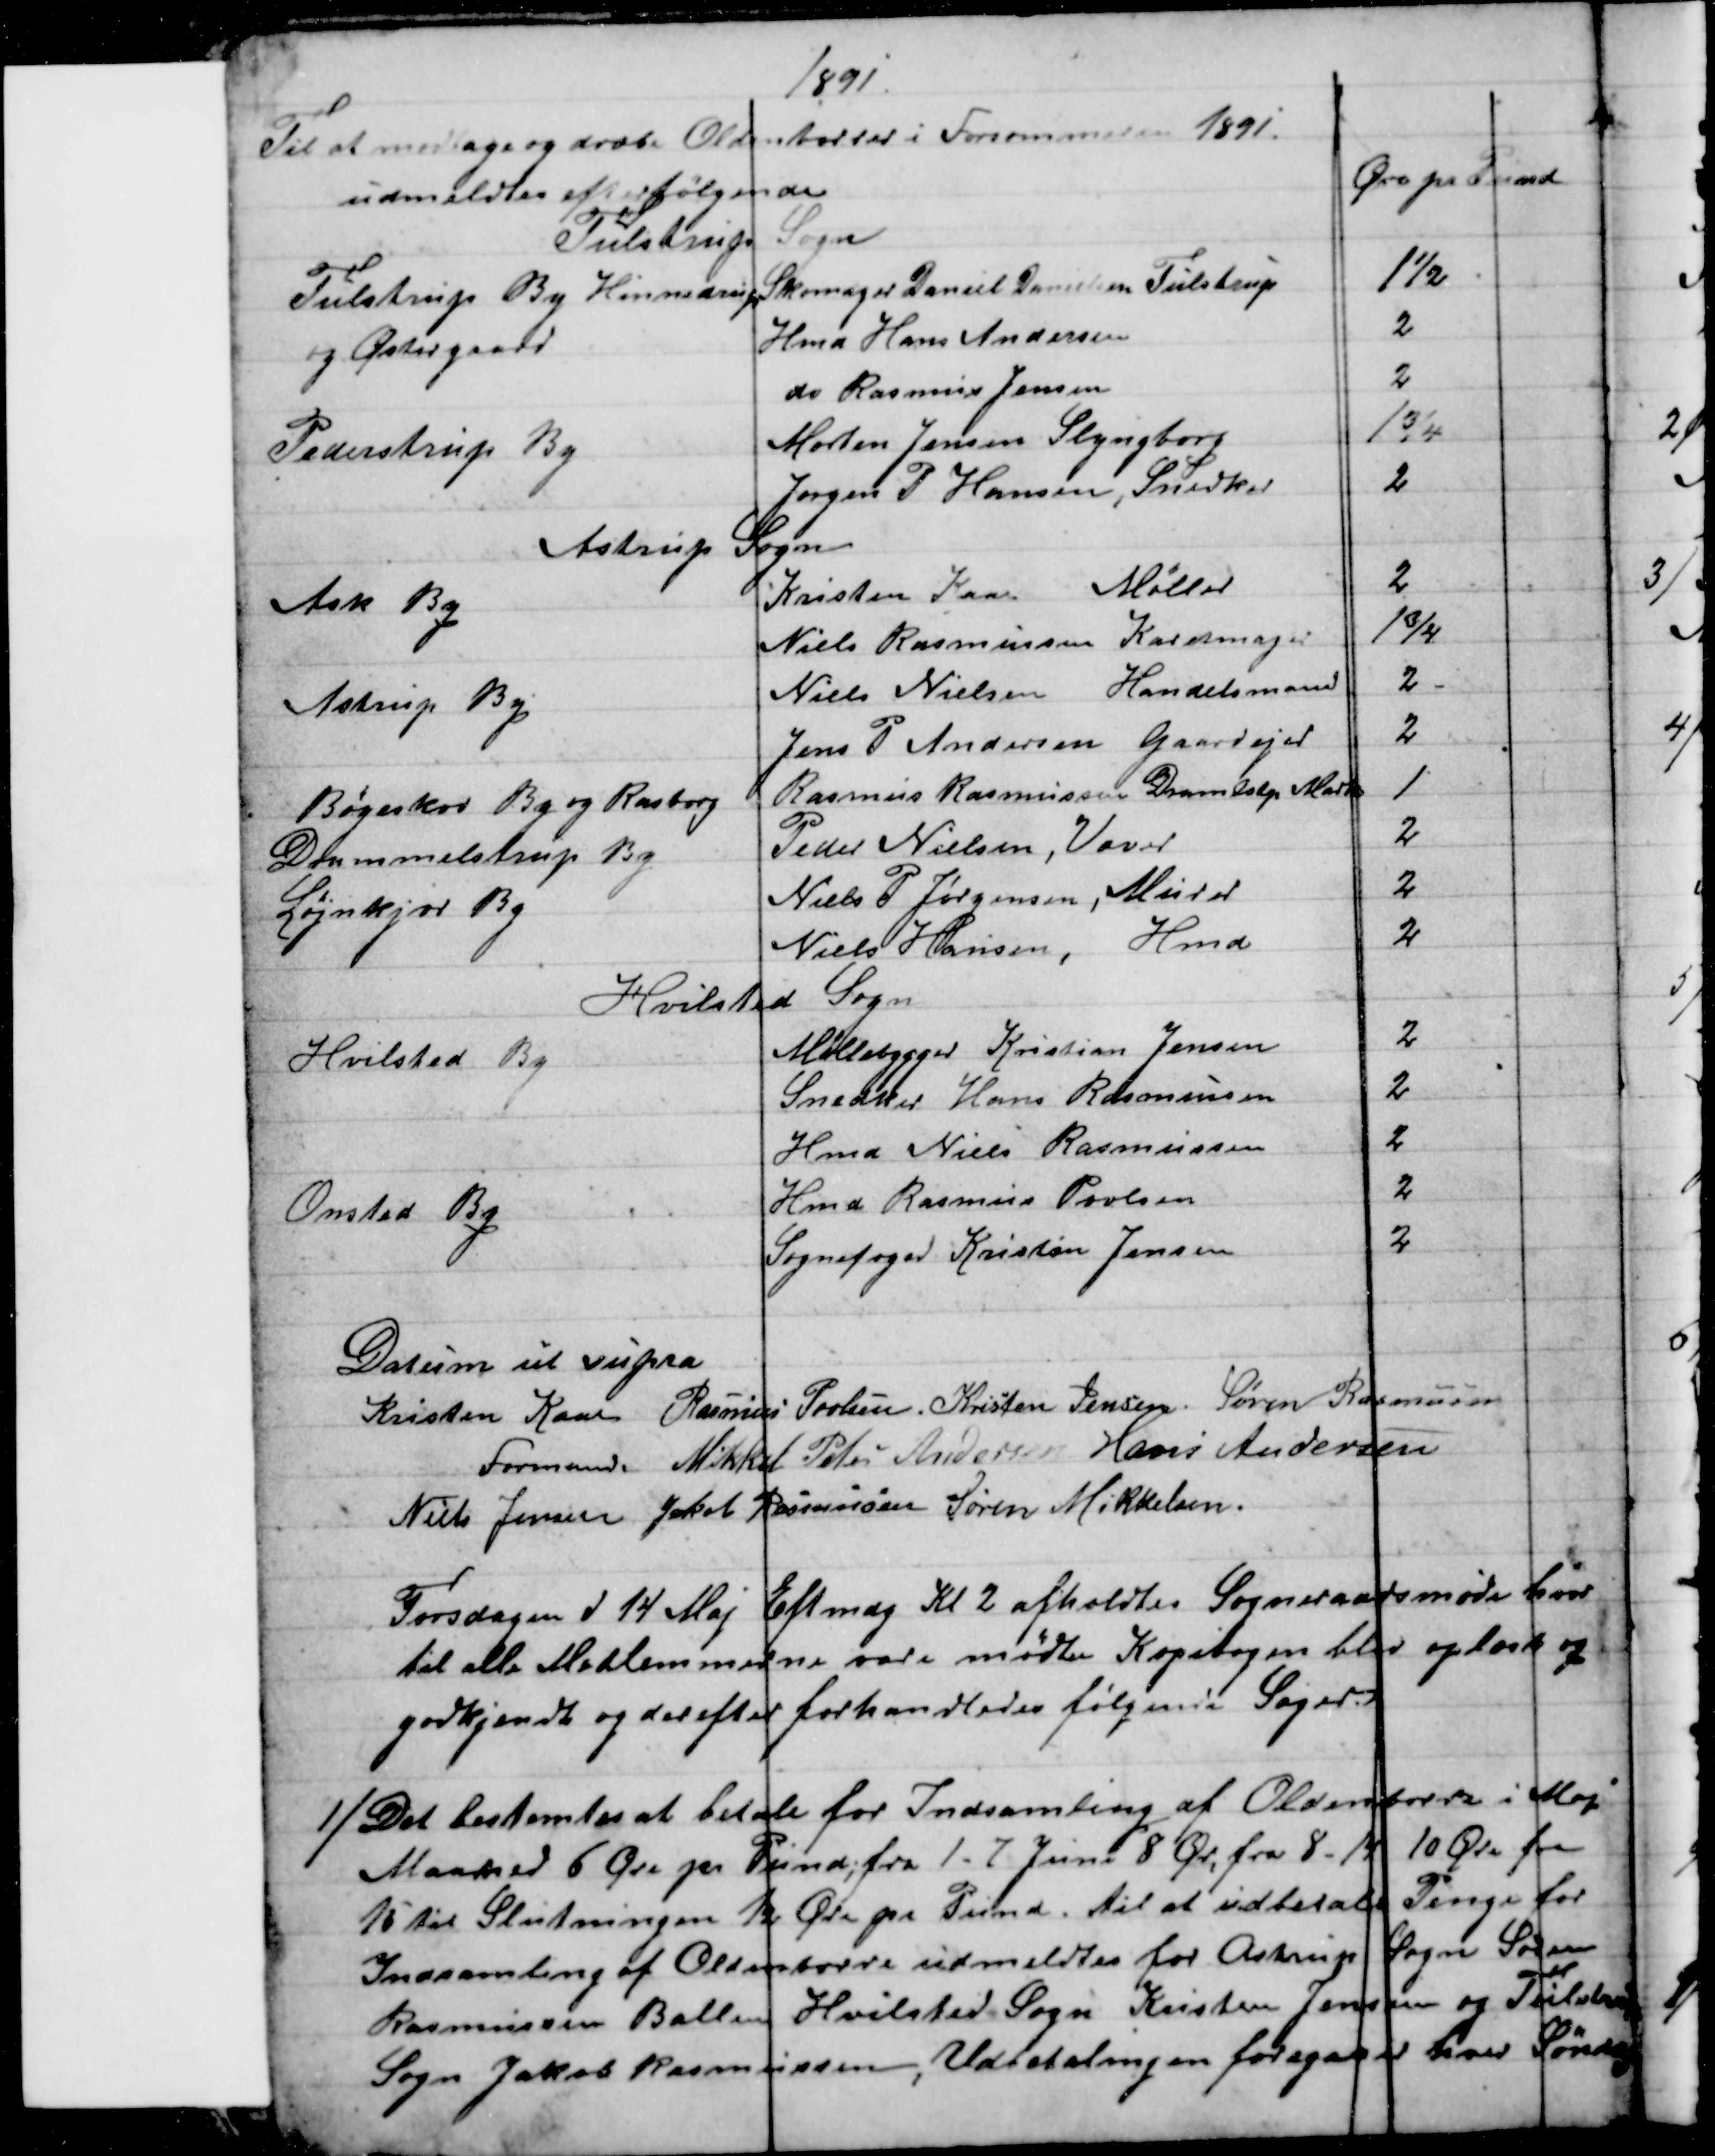
Transskription:
1891
Til at modtage og dræbe Oldenborrer i Forsommeren 1891.
udmeldtes efterfølgende
Øre pr. Pund
Tulstrup Sogn
Tulstrup By Hinnedrup
og Østergaard
Skomager Daniel Danielsen Tulstrup
1½
Hmd Hans Andersen
2
do Rasmus Jensen
2
Pederstrup By
Morten Jensen Slyngborg
1¾
Jørgen P Hansen, Snedker
2
Astrup Sogn
Ask By
Kristen Kaae 
Møller
2
Niels Rasmussen Karetmager
1¾
Astrup By
Niels Nielsen Handelsmand
2 -
Jens P Andersen Gaardejer
2
Bøgeskov By og Rasborg
Rasmus Rasmussen Dramlstp Mark
1
Drammelstrup By
Peder Nielsen, Væver
2
Løjnkjær By
Niels P Jørgensen, Murer
2
Niels Hansen, Hmd
2
Hvilsted Sogn
Hvilsted By
Møllebygger Kristian Jensen
2
Snedker Hans Rasmussen
2
Hmd Niels Rasmussen
2
Onsted By
Hmd Rasmus Povlsen
2
Sognefoged Kristian Jensen
2
Datum ut supra
Kristen Kaae 
Formand. 
Rasmus Povlsen Kristen Jensen Søren Rasmusen
Mikkel Peter Andersen Hans Andersen
Niels Jensen Jakob Rasmussen Søren Mikkelsen.
Torsdagen d 14 Maj Eftmdg Kl. 2 afholdtes Sogneraadsmøde hvor
til alle Medlemmerne vare mødte Kopibogen blev oplæst og
godkjendt og derefter forhandledes følgende Sager
1) Det bestemtes at betale for Indsamling af Oldenborrer i Maj
Maaned 6 Øre pr. Pund; fra 1-7 Juni 8 Ør, fra 8-14 10 Øre fra
15 til Slutningen 12 Øre pr Pund. til at udbetale Penge for
Indsamling af Oldenborre udmeldtes for Astrup Sogn Søren
Rasmussen Ballen Hvilsted Sogn Kristen Jensen og Tulstrup
Sogn Jakob Rasmussen, Udbetalingen foregaaer hver Søndag